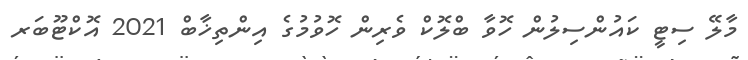
މާލޭ ސިޓީ ކައުންސިލުން ހޮވާ ބްލޮކް ވެރިން ހޮވުމުގެ އިންތިޚާބް 2021 އޮކްޓޫބަރ